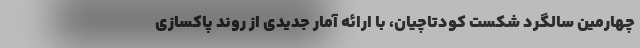
چهارمین سالگرد شکست کودتاچیان، با ارائه آمار جدیدی از روند پاکسازی